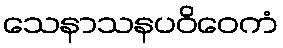
သေနာသနပဝိဝေကံ